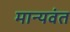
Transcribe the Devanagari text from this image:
मान्यवंत